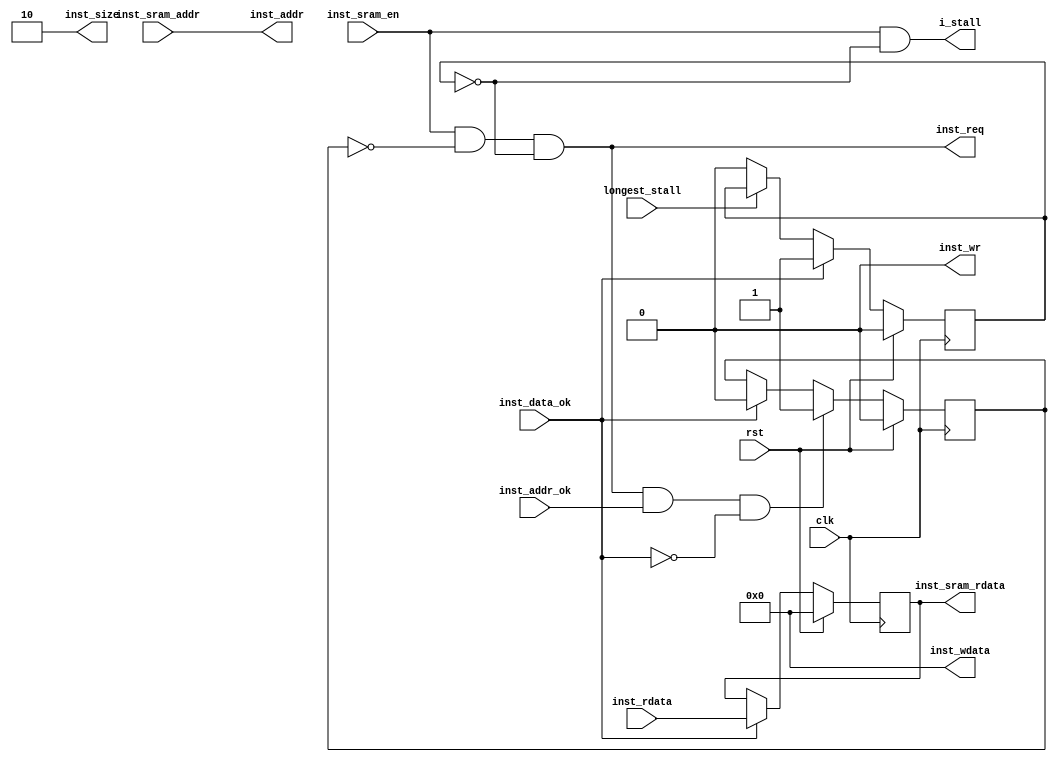
module i_sram_to_sram_like (
    input wire clk, rst,
    //sram
    input wire inst_sram_en,
    input wire [31:0] inst_sram_addr,
    output wire [31:0] inst_sram_rdata,
    output wire i_stall,
    //sram like
    output wire inst_req, //
    output wire inst_wr,
    output wire [1:0] inst_size,
    output wire [31:0] inst_addr,
    output wire [31:0] inst_wdata,
    input wire inst_addr_ok,
    input wire inst_data_ok,
    input wire [31:0] inst_rdata,

    input wire longest_stall
);
    reg addr_rcv;      //
    reg do_finish;     //

    always @(posedge clk) begin
        addr_rcv <= rst          ? 1'b0 :
                    inst_req & inst_addr_ok & ~inst_data_ok ? 1'b1 :    //inst_reqaddr_rcvaddr_okdata_okdata_ok
                    inst_data_ok ? 1'b0 : addr_rcv;
    end

    always @(posedge clk) begin
        do_finish <= rst          ? 1'b0 :
                     inst_data_ok ? 1'b1 :
                     ~longest_stall ? 1'b0 : do_finish;
    end

    //save rdata
    reg [31:0] inst_rdata_save;
    always @(posedge clk) begin
        inst_rdata_save <= rst ? 32'b0:
                           inst_data_ok ? inst_rdata : inst_rdata_save;
    end

    //sram like
    assign inst_req = inst_sram_en & ~addr_rcv & ~do_finish;
    assign inst_wr = 1'b0;
    assign inst_size = 2'b10;
    assign inst_addr = inst_sram_addr;
    assign inst_wdata = 32'b0;

    //sram
    assign inst_sram_rdata = inst_rdata_save;
    assign i_stall = inst_sram_en & ~do_finish;
endmodule